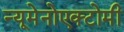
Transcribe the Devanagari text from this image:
न्यूमेनोएक्टोमी